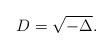
LaTeX: \begin{align*}D = \sqrt{-\Delta}.\end{align*}